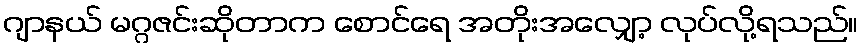
ဂျာနယ် မဂ္ဂဇင်းဆိုတာက စောင်ရေ အတိုးအလျှော့ လုပ်လို့ရသည်။